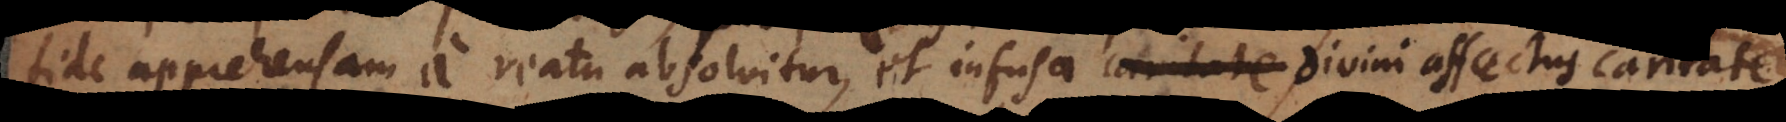
fide apprehensam a reatu absolvitur, et infusa divini affectus carit